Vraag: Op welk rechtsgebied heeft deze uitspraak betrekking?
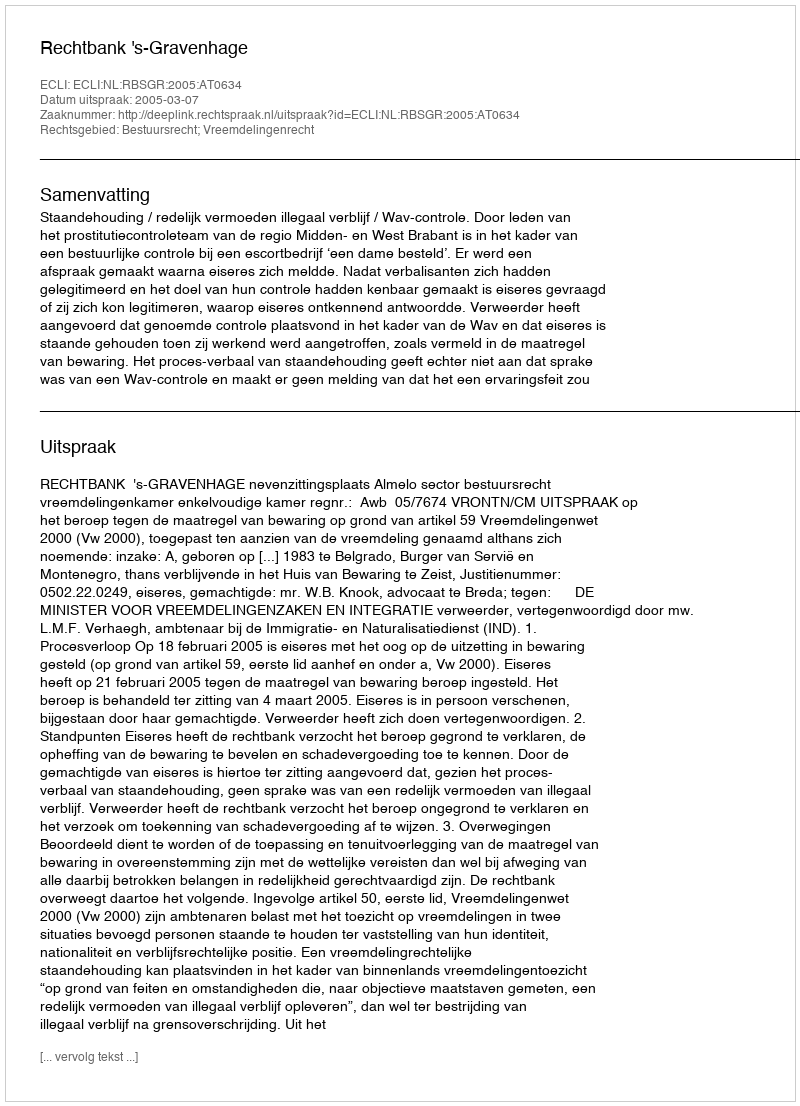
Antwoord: Bestuursrecht; Vreemdelingenrecht